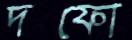
দফো